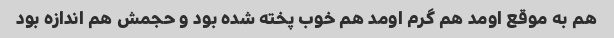
هم به موقع اومد هم گرم اومد هم خوب پخته شده بود و حجمش هم اندازه بود